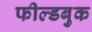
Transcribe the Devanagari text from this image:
फील्डबुक